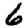
Digit: 6